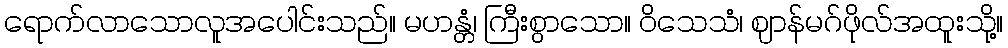
ရောက်လာသောလူအပေါင်းသည်။ မဟန္တံ၊ ကြီးစွာသော။ ဝိသေသံ၊ ဈာန်မဂ်ဖိုလ်အထူးသို့။